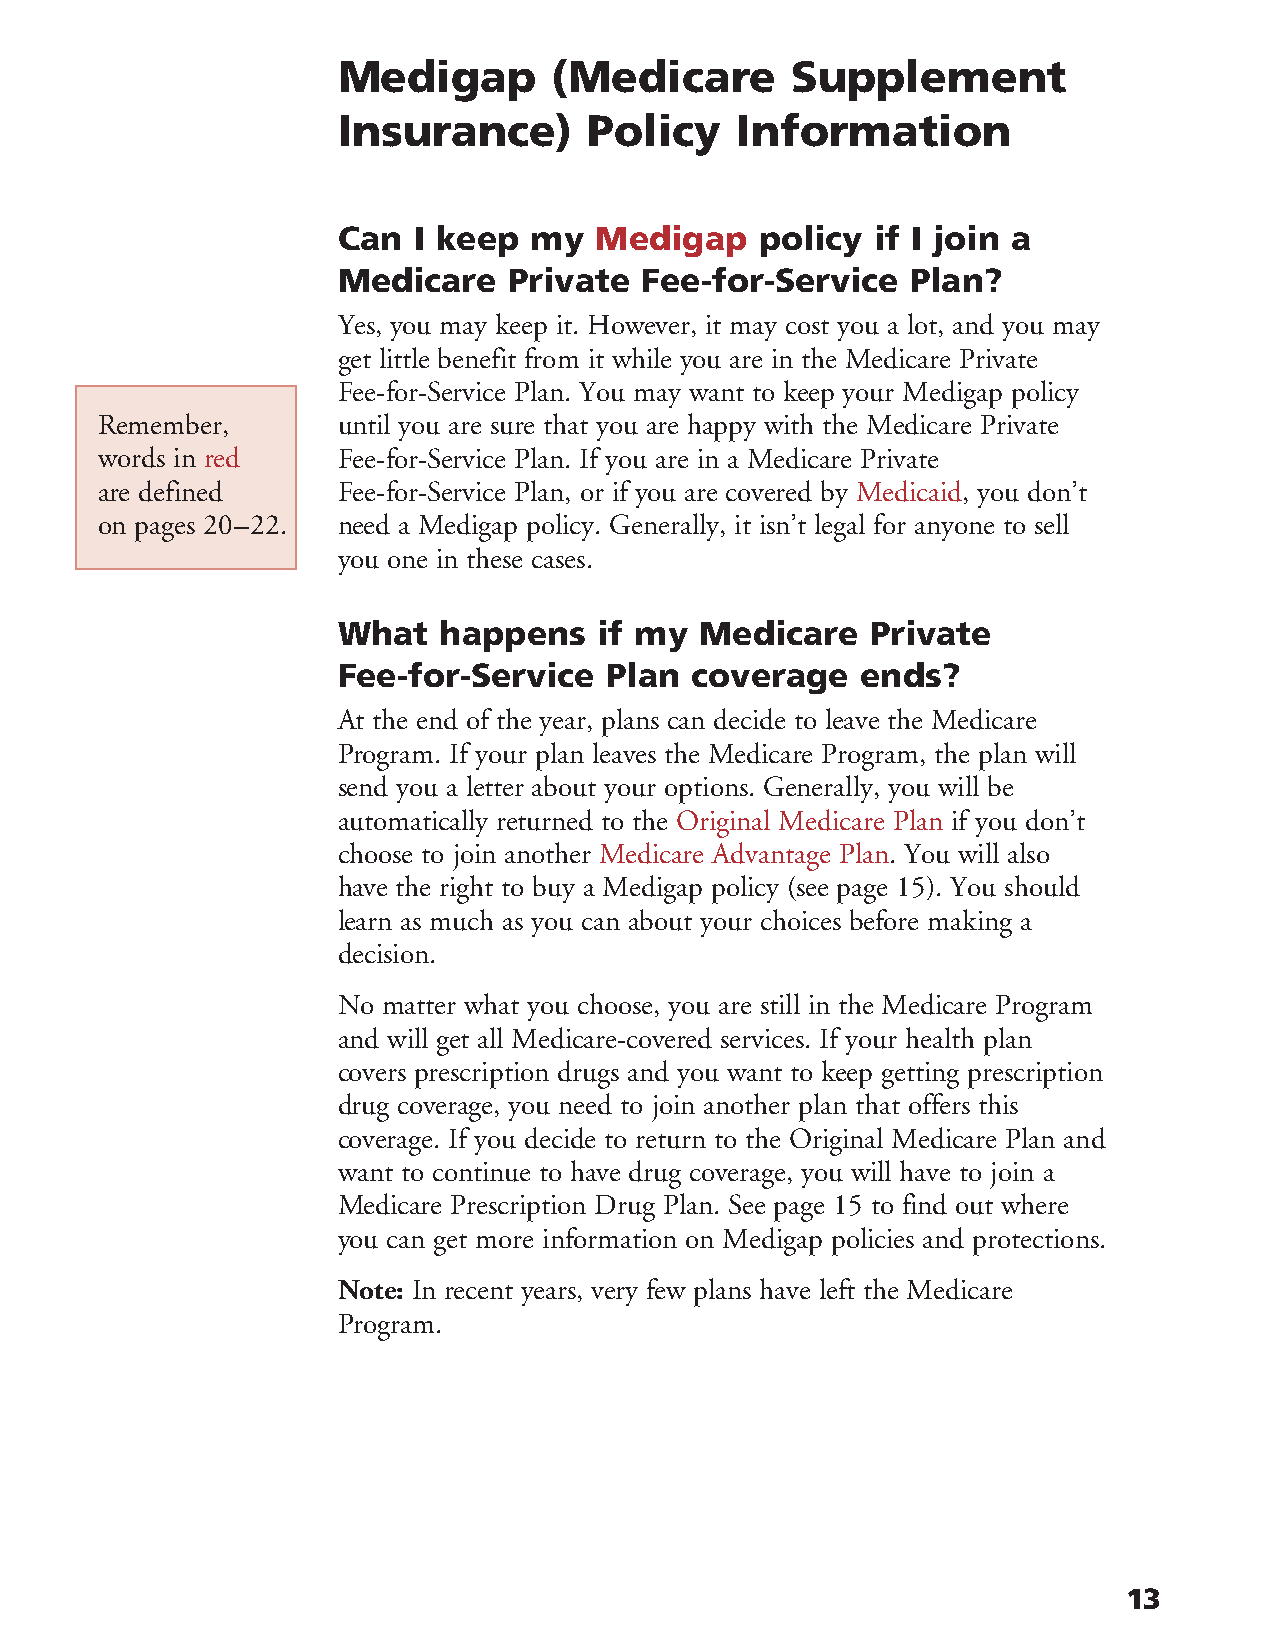
Medigap        (Medicare      Supplement
 Insurance)       Policy    Information
 Can  I keep  my  Medigap    policy  if I join a
 Medicare    Private Fee-for-Service   Plan?
 Yes, you may keep it. However, it may cost you a lot, and you may
 get little benefit from it while you are in the Medicare Private
 Fee-for-Service Plan. You may want to keep your Medigap policy
 Remember,       until you are sure that you are happy with the Medicare Private
 words in red    Fee-for-Service Plan. If you are in a Medicare Private
 are defined     Fee-for-Service Plan, or if you are covered by Medicaid, you don’t
 on pages 20–22. need a Medigap policy. Generally, it isn’t legal for anyone to sell
 you one in these cases.
 What   happens    if my Medicare    Private
 Fee-for-Service   Plan  coverage   ends?
 At the end of the year, plans can decide to leave the Medicare
 Program. If your plan leaves the Medicare Program, the plan will
 send you a letter about your options. Generally, you will be
 automatically returned to the Original Medicare Plan if you don’t
 choose to join another Medicare Advantage Plan. You will also
 have the right to buy a Medigap policy (see page 15). You should
 learn as much as you can about your choices before making a
 decision.
 No matter what you choose, you are still in the Medicare Program
 and will get all Medicare-covered services. If your health plan
 covers prescription drugs and you want to keep getting prescription
 drug coverage, you need to join another plan that offers this
 coverage. If you decide to return to the Original Medicare Plan and
 want to continue to have drug coverage, you will have to join a
 Medicare Prescription Drug Plan. See page 15 to find out where
 you can get more information on Medigap policies and protections.
 Note: In recent years, very few plans have left the Medicare
 Program.
 13